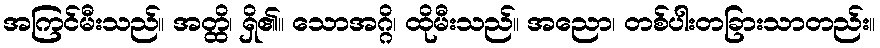
အကြင်မီးသည်။ အတ္ထိ၊ ရှိ၏။ သောအဂ္ဂိ၊ ထိုမီးသည်။ အညော၊ တစ်ပါးတခြားသာတည်း။